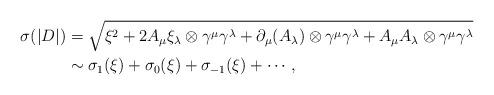
LaTeX: \begin{align*} \sigma(|D|)&=\sqrt{\xi^2+2A_{\mu}\xi_{\lambda}\otimes\gamma^{\mu}\gamma^{\lambda}+\partial_{\mu} (A_{\lambda})\otimes\gamma^{\mu}\gamma^{\lambda}+A_{\mu}A_{\lambda}\otimes\gamma^{\mu}\gamma^{\lambda}}\\ &\sim \sigma_1(\xi)+\sigma_0(\xi)+\sigma_{-1}(\xi)+\cdots, \end{align*}